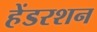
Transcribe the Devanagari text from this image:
हेंडरशन